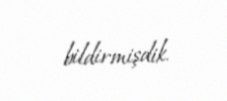
bildirmişdik.